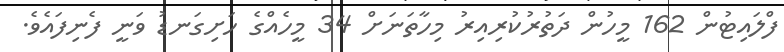
ފްލައިޓުން 162 މީހުން ދަތުރުކުރިއިރު މިހާތަނަށް 34 މީހެއްގެ ހަށިގަނޑު ވަނީ ފެނިފައެވެ.